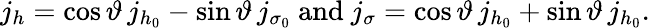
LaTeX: j_{h}=\cos\vartheta\, j_{h_{0}}-\sin\vartheta\, j_{\sigma_{0}}\mathrm{~and~}j_{\sigma}=\cos\vartheta\, j_{h_{0}}+\sin\vartheta\, j_{h_{0}}.